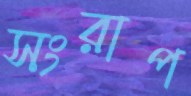
সংরাপ